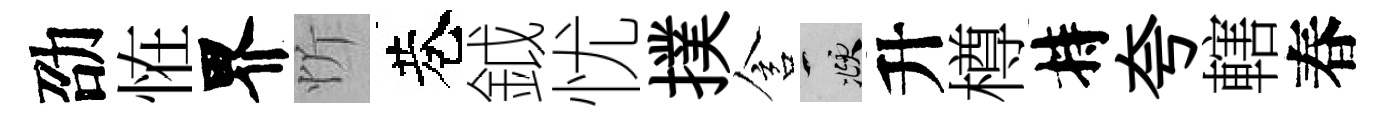
劭恠界忻巷鉞忧撲含頫升樽持夸轄春